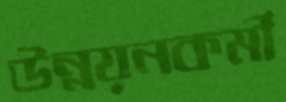
উন্নয়নকর্মী